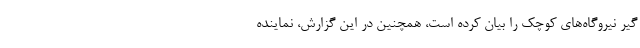
گیر نیروگاه‌های کوچک را بیان کرده است، همچنین در این گزارش، نماینده